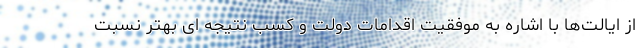
از ایالت‌ها با اشاره به موفقیت اقدامات دولت و کسب نتیجه ای بهتر نسبت